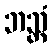
ဘသ္တံ